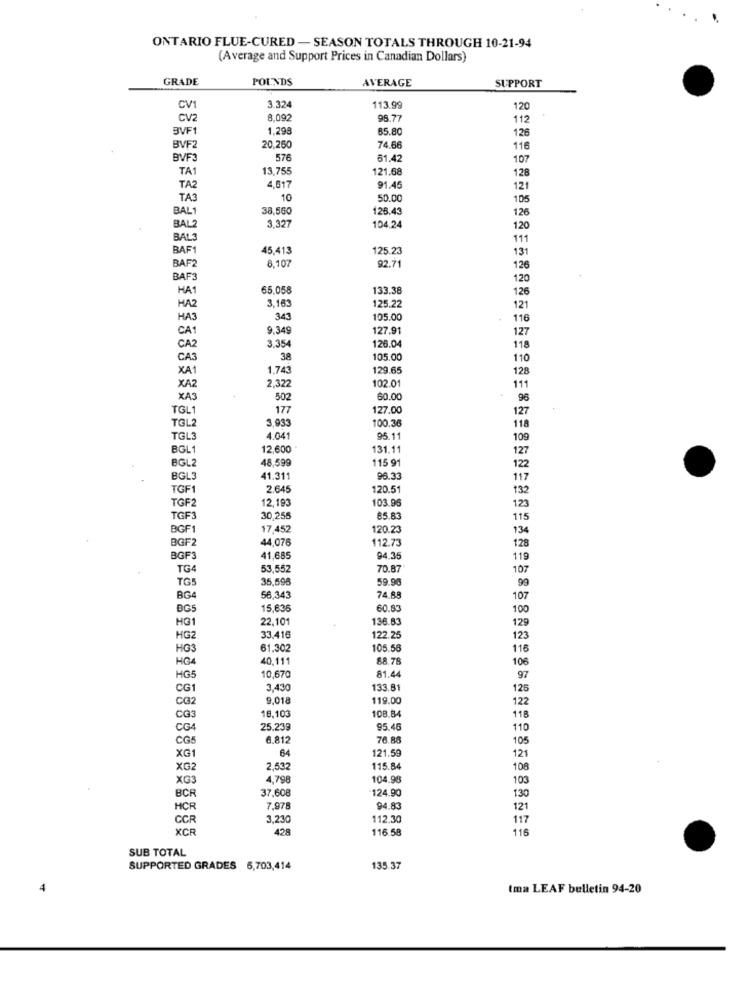
ONTARIO FLUE-CURED - SEASON TOTALS THROUGH 10-21-94
(Average and Support Prices in Canadian Dollars)
GRADE
POUNDS
AVERAGE
SUPPORT
3.324
CV1
113.99
120
CV2
8.097
98.7
112
BVF1
1.29
85.80
126
BVF2
20,250
74.66
116
BVF3
576
61.4
107
TA1
13,755
121.68
128
TA2
4,617
91.4
121
TA3
10
50.00
105
BAL1
38,560
126.43
126
BALZ
3,327
104.24
120
BAL3
111
BAF1
45.413
125.23
131
8.107
92.71
BAF2
126
BAF3
120
HA1
65.058
133.38
126
3.163
125.22
HA2
121
HA3
343
105.00
116
CA1
9.349
127.91
3.354
126.04
127
CA2
118
CA3
38
105.00
110
XA
1.743
129.65
128
2.322
102.01
XA2
111
XA3
502
60.00
96
TGL1
177
127.00
127
TGL2
3.933
100.36
118
TGL3
4.041
95.11
109
BGL1
12,600
131.11
127
48.599
115 9
BGL2
122
BGL3
41.311
96.33
117
TGF1
2.645
120.5
132
12,193
103.96
TGF2
123
TGF3
30,255
85.81
115
BGF1
17,452
120.23
134
BGF2
44,076
112.73
128
BGF3
41,685
94.35
119
TG4
53,552
70.87
107
TG5
35,598
59.96
99
BG4
56,343
74.88
107
BGS
15,636
60.83
100
HG1
22.101
136.83
129
HG2
33.416
122.25
123
HO3
61.302
105.56
116
HG4
40.111
88.76
106
HG5
10,670
81.44
97
CG1
3,430
133.81
125
CG2
9.018
119.00
122
CG3
18,103
108.84
118
CG4
25,239
95.48
110
CG5
6.812
76.88
105
64
XG1
121.59
121
XG2
2,532
115.84
108
XG3
4.798
104.98
103
37.608
124.90
BCR
130
HCR
7.978
94.8
121
CCR
3,230
112.30
117
KCR
428
116.58
116
SUB TOTAL
SUPPORTED GRADES 6,703,414
135.37
tma LEAF bulletin 94-20